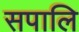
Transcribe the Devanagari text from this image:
सपालि